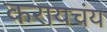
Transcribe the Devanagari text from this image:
करायचंय